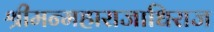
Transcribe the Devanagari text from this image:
श्रीमन्महाराजाधिराज